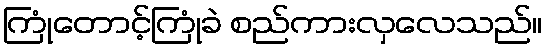
ကြုံတောင့်ကြုံခဲ စည်ကားလှလေသည်။